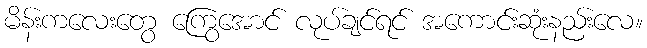
မိန်းကလေးတွေ ကြွေအောင် လုပ်ချင်ရင် အကောင်းဆုံးနည်းလေ။